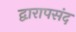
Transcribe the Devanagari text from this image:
द्वारापसंद